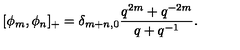
[ \phi _ { m } , \phi _ { n } ] _ { + } = \delta _ { m + n , 0 } { \frac { q ^ { 2 m } + q ^ { - 2 m } } { q + q ^ { - 1 } } } .